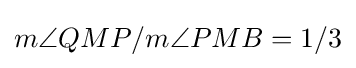
m\angle {QMP}/m\angle {PMB}=1/3